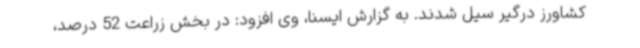
کشاورز درگیر سیل شدند. به گزارش ایسنا، وی افزود: در بخش زراعت 52 درصد،